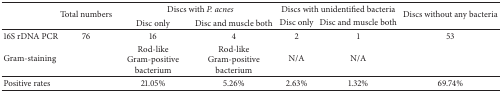
<table><thead><tr><td rowspan="2"><b> </b></td><td rowspan="2"><b>Total numbers</b></td><td colspan="2"><b> Discs with<i> P. acnes</i></b></td><td colspan="2"><b>Discs with unidentified bacteria</b></td><td rowspan="2"><b>Discs without any bacteria</b></td></tr><tr><td><b>Disc only</b></td><td><b>Disc and muscle both</b></td><td><b>Disc only</b></td><td><b>Disc and muscle both</b></td></tr></thead><tbody><tr><td>16S rDNA PCR</td><td>76</td><td>16</td><td>4</td><td>2</td><td>1</td><td>53</td></tr><tr><td>Gram-staining</td><td> </td><td>Rod-like Gram-positive bacterium</td><td>Rod-like Gram-positive bacterium</td><td>N/A</td><td>N/A</td><td> </td></tr><tr><td>Positive rates</td><td> </td><td>21.05%</td><td>5.26%</td><td>2.63%</td><td>1.32%</td><td>69.74%</td></tr></tbody></table>